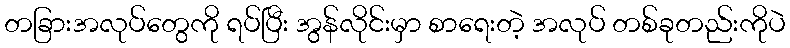
တခြားအလုပ်တွေကို ရပ်ပြီး အွန်လိုင်းမှာ စာရေးတဲ့ အလုပ် တစ်ခုတည်းကိုပဲ